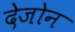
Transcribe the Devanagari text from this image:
देजोन